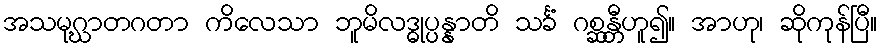
အသမုဂ္ဃာတဂတာ ကိလေသာ ဘူမိလဒ္ဓုပ္ပန္နာတိ သင်္ခံ ဂစ္ဆန္တီဟူ၍။ အာဟု၊ ဆိုကုန်ပြီ။